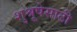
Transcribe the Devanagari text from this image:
शुश्रूषेसाठी